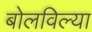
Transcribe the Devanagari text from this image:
बोलविल्या